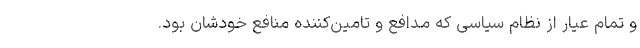
و تمام عیار از نظام سیاسی که مدافع و تامین‌کننده منافع‌ خودشان بود.